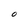
Character: O